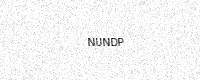
Text: NUNDP